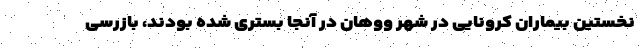
نخستین بیماران کرونایی در شهر ووهان در آنجا بستری شده بودند، بازرسی